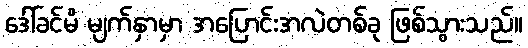
ဒေါ်ခင်မိ မျက်နှာမှာ အပြောင်းအလဲတစ်ခု ဖြစ်သွားသည်။